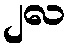
၂လ